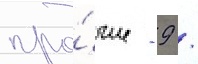
про́чие - 9 /